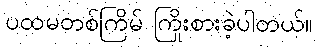
ပထမတစ်ကြိမ် ကြိုးစားခဲ့ပါတယ်။